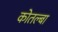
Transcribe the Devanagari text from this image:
कोतल्बा